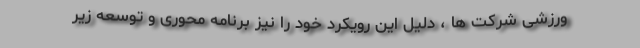
ورزشی شرکت ها ، دلیل این رویکرد خود را نیز برنامه محوری و توسعه زیر